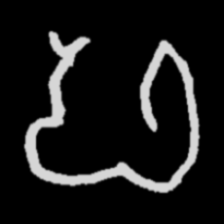
Pyu character \u2014 Myanmar letter: ဖ (romanized: pha)